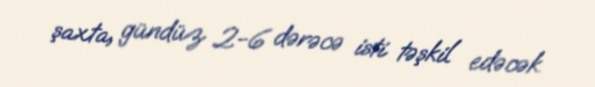
şaxta, gündüz 2-6 dərəcə isti təşkil edəcək.